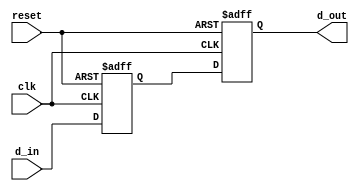
module two_flop_synchronizer(
    input wire clk,
    input wire reset,
    input wire d_in,
    output reg d_out
);

reg d_ff1;
reg d_ff2;

// First D flip-flop
always @(posedge clk or posedge reset)
begin
    if (reset)
        d_ff1 <= 1'b0;
    else
        d_ff1 <= d_in;
end

// Second D flip-flop
always @(posedge clk or posedge reset)
begin
    if (reset)
        d_ff2 <= 1'b0;
    else
        d_ff2 <= d_ff1;
end

assign d_out = d_ff2;

endmodule